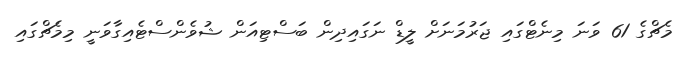
މެޗްގެ 61 ވަނަ މިނެޓްގައި ޖަރުމަނަށް ލީޑް ނަގައިދިން ބަސްޓިއަން ޝުވެންސްޓެއިގާވަނީ މިމެޗްގައި